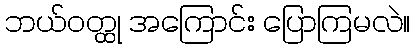
ဘယ်ဝတ္ထု အကြောင်း ပြောကြမလဲ။